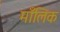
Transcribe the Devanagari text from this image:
माँलिक